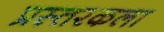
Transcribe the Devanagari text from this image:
प्रस्तरकला